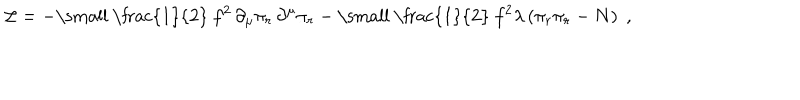
LaTeX: { \cal L } = - \mathrm { \small ~ \frac { 1 } { 2 } ~ } f ^ { 2 } \, \partial _ { \mu } \pi _ { r } \, \partial ^ { \mu } \pi _ { r } - \mathrm { \small ~ \frac { 1 } { 2 } ~ } f ^ { 2 } \lambda \left( \pi _ { r } \pi _ { r } - N \right) \; ,